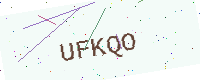
Text: UFKQO